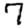
Digit: 7